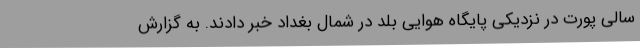
سالی پورت در نزدیکی پایگاه هوایی بلد در شمال بغداد خبر دادند. به گزارش